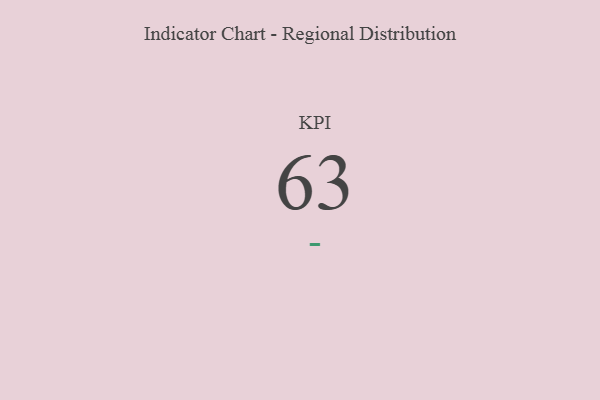
{"axis": {"x": "KPI", "y": "Value"}, "legend": [""], "data": [{"x": "KPI", "y": 63, "type": ""}]}